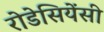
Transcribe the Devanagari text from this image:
रोडेसियेंसी